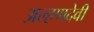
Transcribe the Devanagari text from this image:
अल्हणदेवी